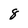
Character: 8